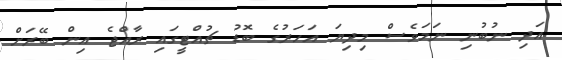
އަދި ނުބުނި ނަމަވެސް މިދިޔަ އަހަރުގެ ބޮޑު ޗުއްޓީގައި ރާއްޖެ އިން ބޭރަށް